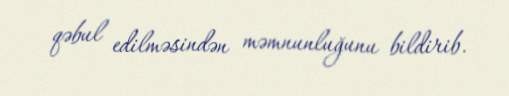
qəbul edilməsindən məmnunluğunu bildirib.